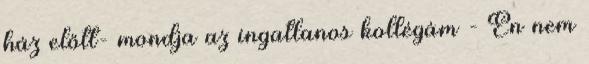
ház előtt- mondja az ingatlanos kollégám - Én nem